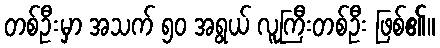
တစ်ဦးမှာ အသက် ၅၀ အရွယ် လူကြီးတစ်ဦး ဖြစ်၏။